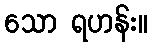
သော ရဟန်း။